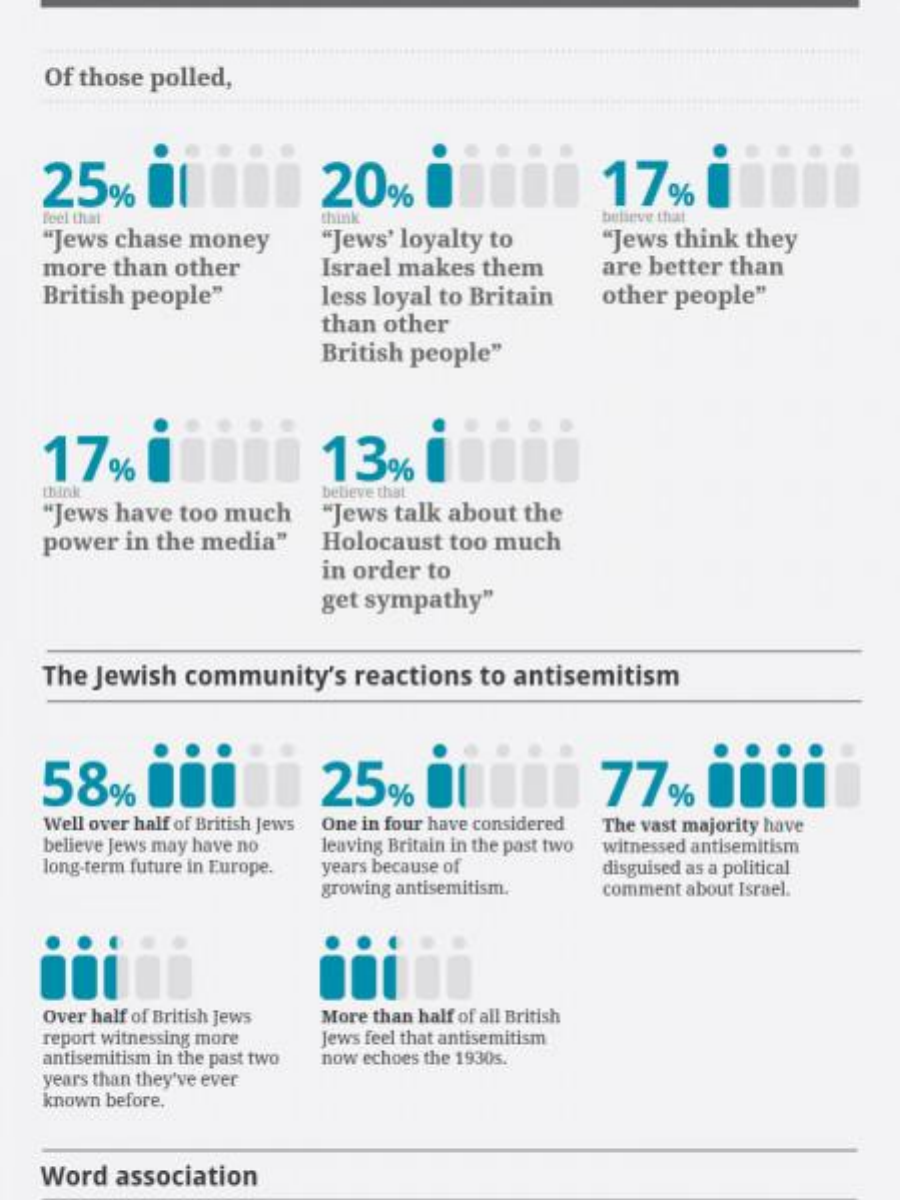
Of those polled,
    25%    20%    17%
    feel that
    "Jews chase money    "Jews' loyalty to
     believe that
     "Jews think they
    more  than other    Israel makes  them    are better than
    British people"    less loyal to Britain   other  people"
     than other
     British people"
    17%    13%
    "Jews have  too much
     believe that
     "Jews talk about  the
    power  in the media"    Holocaust  too much
     in order to
     get sympathy"
    The Jewish  community's    reactions  to antisemitism
    58%    DO0    25%    77%    Diii
    Well over half of British Jews
    believe Jews may have no
     One in four have considered
     leaving Britain in the past two
     The vast majority have
    long-term future in Europe.
     witnessed antisemitism
     years because of    disguised as a political
     growing antisemitism.    comment about Israel.
    Over half of British Jews More than half of all British
    report witnessing more  Jews feel that antisemitism
    antisemitism in the past two now echoes the 1930s.
    years than they've ever
    known before,
    Word  association